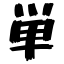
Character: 単